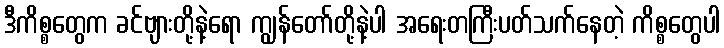
ဒီကိစ္စတွေက ခင်ဗျားတို့နဲ့ရော ကျွန်တော်တို့နဲ့ပါ အရေးတကြီးပတ်သက်နေတဲ့ ကိစ္စတွေပါ